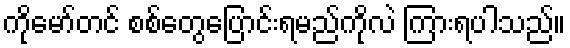
ကိုမော်တင် စစ်တွေပြောင်းရမည်ကိုလဲ ကြားရပါသည်။